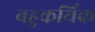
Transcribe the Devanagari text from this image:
बहुकर्यिक